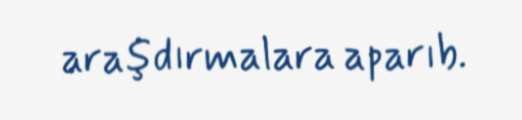
araşdırmalara aparıb.